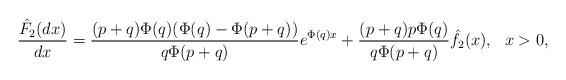
LaTeX: \begin{align*}\frac{\hat{F}_2(dx)}{dx}=\frac{(p+q)\Phi(q)(\Phi(q)-\Phi(p+q))}{q\Phi(p+q)}e^{\Phi(q)x}+\frac{(p+q)p\Phi(q)}{q\Phi(p+q)}\hat{f}_2(x), \ \ x>0,\end{align*}